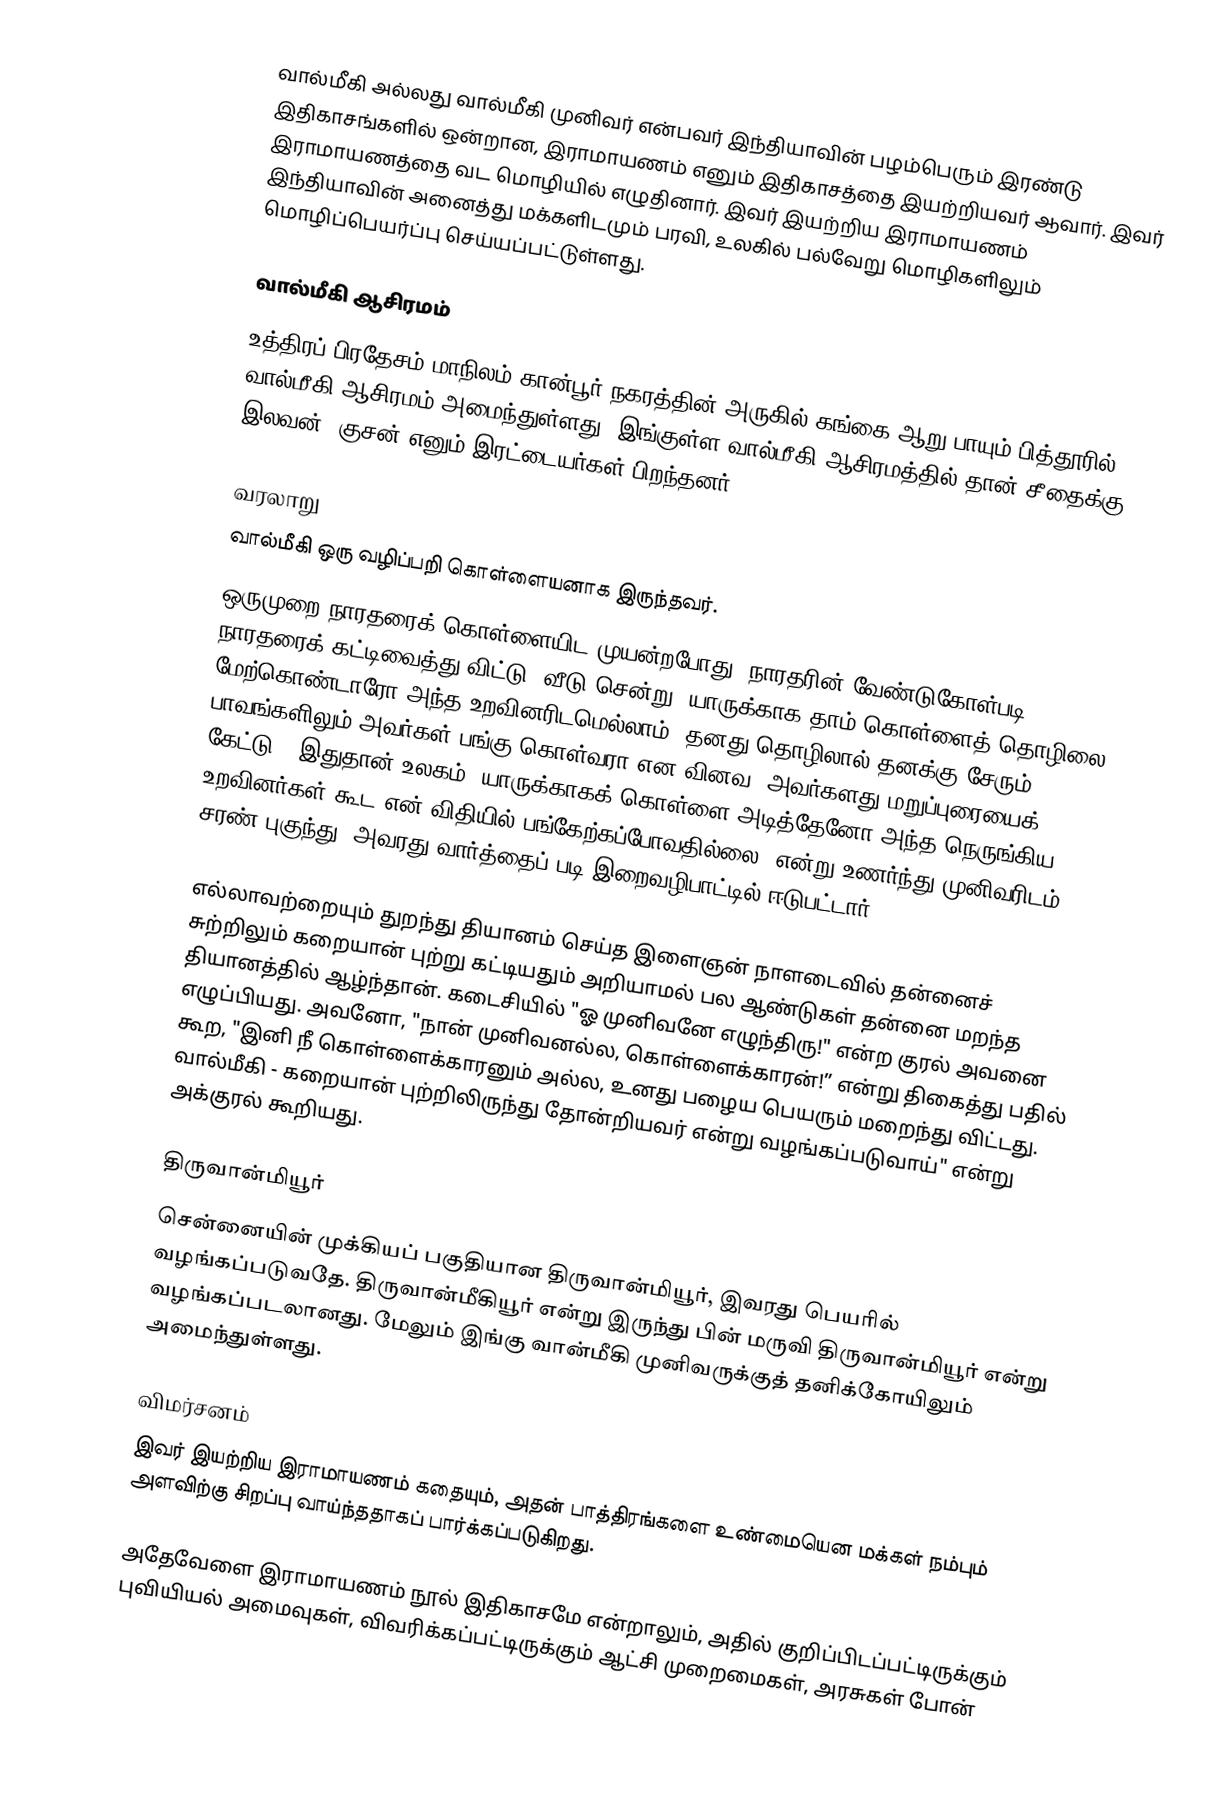
வால்மீகி அல்லது வால்மீகி முனிவர் என்பவர் இந்தியாவின் பழம்பெரும் இரண்டு இதிகாசங்களில் ஒன்றான, இராமாயணம் எனும் இதிகாசத்தை இயற்றியவர் ஆவார். இவர் இராமாயணத்தை வட மொழியில் எழுதினார். இவர் இயற்றிய இராமாயணம் இந்தியாவின் அனைத்து மக்களிடமும் பரவி, உலகில் பல்வேறு மொழிகளிலும் மொழிப்பெயர்ப்பு செய்யப்பட்டுள்ளது.

வால்மீகி ஆசிரமம்
உத்திரப் பிரதேசம் மாநிலம் கான்பூர் நகரத்தின் அருகில் கங்கை ஆறு பாயும் பித்தூரில் வால்மீகி ஆசிரமம்  அமைந்துள்ளது. இங்குள்ள வால்மீகி ஆசிரமத்தில் தான் சீதைக்கு இலவன், குசன் எனும் இரட்டையர்கள் பிறந்தனர்.

வரலாறு
வால்மீகி ஒரு வழிப்பறி கொள்ளையனாக இருந்தவர்.
ஒருமுறை நாரதரைக் கொள்ளையிட முயன்றபோது, நாரதரின் வேண்டுகோள்படி நாரதரைக் கட்டிவைத்து விட்டு, வீடு சென்று, யாருக்காக தாம் கொள்ளைத் தொழிலை மேற்கொண்டாரோ அந்த உறவினரிடமெல்லாம், தனது தொழிலால் தனக்கு சேரும் பாவங்களிலும் அவர்கள் பங்கு கொள்வரா என வினவ, அவர்களது மறுப்புரையைக் கேட்டு, "இதுதான் உலகம், யாருக்காகக் கொள்ளை அடித்தேனோ அந்த நெருங்கிய உறவினர்கள் கூட என் விதியில் பங்கேற்கப்போவதில்லை" என்று உணர்ந்து முனிவரிடம் சரண் புகுந்து, அவரது வார்த்தைப் படி இறைவழிபாட்டில் ஈடுபட்டார்.

எல்லாவற்றையும் துறந்து தியானம் செய்த இளைஞன் நாளடைவில் தன்னைச் சுற்றிலும் கறையான் புற்று கட்டியதும் அறியாமல் பல ஆண்டுகள் தன்னை மறந்த தியானத்தில் ஆழ்ந்தான். கடைசியில் "ஓ முனிவனே எழுந்திரு!" என்ற குரல் அவனை எழுப்பியது. அவனோ, "நான் முனிவனல்ல, கொள்ளைக்காரன்!” என்று திகைத்து பதில் கூற, "இனி நீ கொள்ளைக்காரனும் அல்ல, உனது பழைய பெயரும் மறைந்து விட்டது. வால்மீகி - கறையான் புற்றிலிருந்து தோன்றியவர் என்று வழங்கப்படுவாய்" என்று அக்குரல் கூறியது.

திருவான்மியூர்
சென்னையின் முக்கியப் பகுதியான திருவான்மியூர், இவரது பெயரில் வழங்கப்படுவதே. திருவான்மீகியூர் என்று இருந்து பின் மருவி திருவான்மியூர் என்று வழங்கப்படலானது. மேலும் இங்கு வான்மீகி முனிவருக்குத் தனிக்கோயிலும் அமைந்துள்ளது.

விமர்சனம்
இவர் இயற்றிய இராமாயணம் கதையும், அதன் பாத்திரங்களை உண்மையென மக்கள் நம்பும் அளவிற்கு சிறப்பு வாய்ந்ததாகப் பார்க்கப்படுகிறது.

அதேவேளை இராமாயணம் நூல் இதிகாசமே என்றாலும், அதில் குறிப்பிடப்பட்டிருக்கும் புவியியல் அமைவுகள், விவரிக்கப்பட்டிருக்கும் ஆட்சி முறைமைகள், அரசுகள் போன்